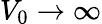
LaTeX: V_{0}\rightarrow\infty